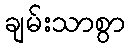
ချမ်းသာစွာ